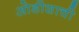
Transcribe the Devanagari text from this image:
ओडीशाची